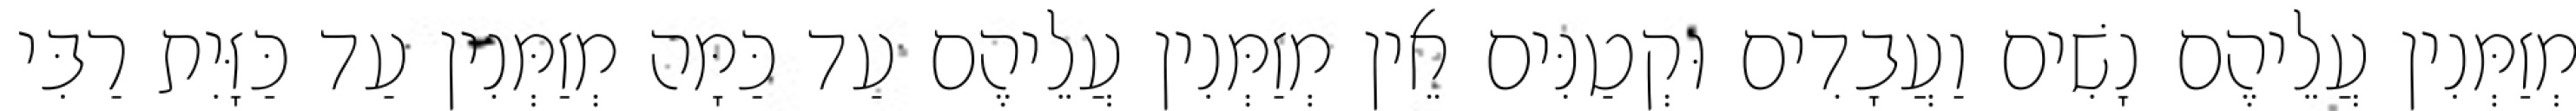
מְזַמְּנִין עֲלֵיהֶם נָשִׁים וַעֲבָדִים וּקְטַנִּים אֵין מְזַמְּנִין עֲלֵיהֶם עַד כַּמָּה מְזַמְּנִין עַד כַּזָּיִת רַבִּי